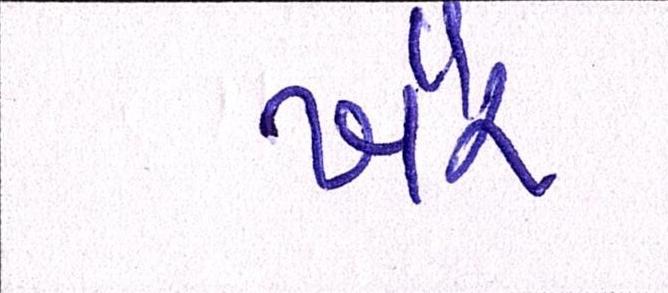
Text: ખૈર